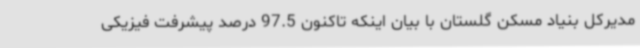
مدیرکل بنیاد مسکن گلستان با بیان اینکه تاکنون 97.5 درصد پیشرفت فیزیکی